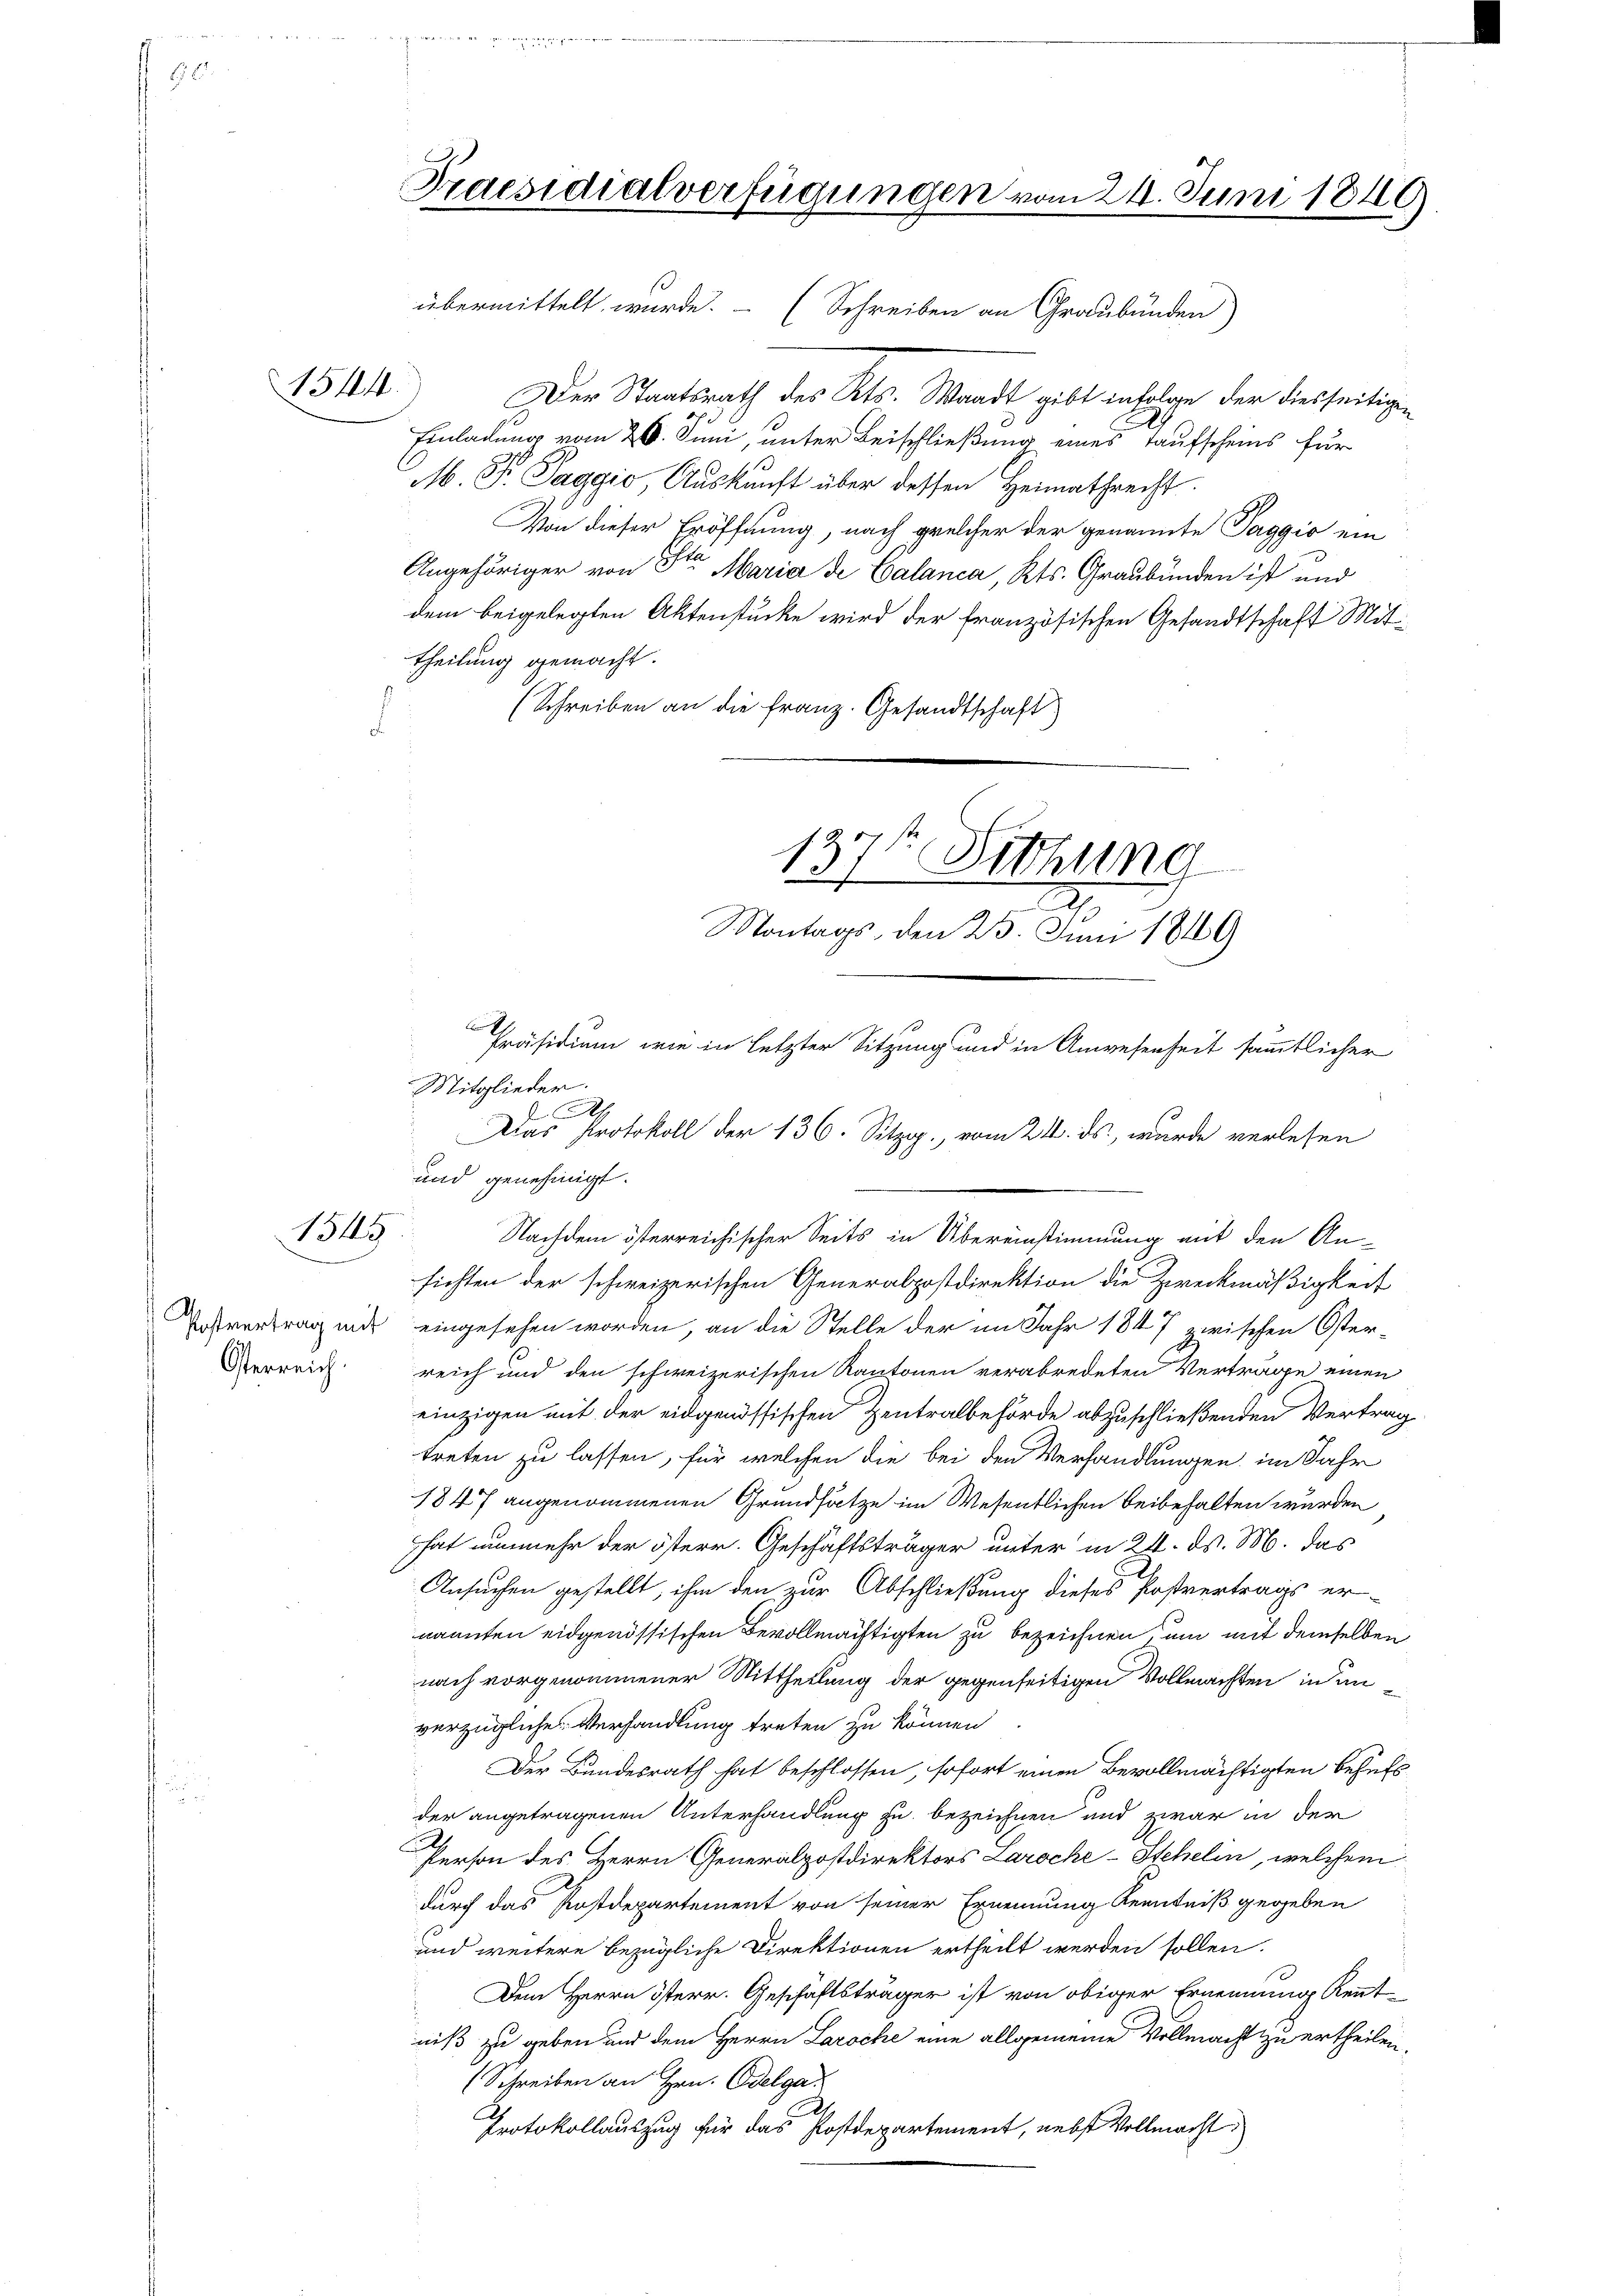
1514.

B345

Osterreich.

Praesidialverfügungen vom 24. Juni 1849
x
übermittelt wurde. (Schreiben an Graubünden

s

Der Staatsrath des Kts. Waadt gibt infolge der diesseitigen
Einladung vom 26. Juni, unter Beischließung eines Taufscheins für
M. P. Paggio, Auskunft über dessen Heimathrecht.
Von dieser Eröffnung, nach welcher der genannte Taggio ein
Angehöriger von Sta Maria de Calanca, Kts. Graubünden ist und
dem beigelegten Aktenstücke wird der französischen Gesandtschaft Mittheilung gemacht.
(Schreiben an die Franz. Gesandtschaft
d
Mitglieder.
.
und genehmigt.
Nachdem österreichischer Seits in Übereinstimmung mit den An-
sichten der schweizerischen Generalpostdirektion die Zweckmäßigkeit
Postvertrag mit eingesehen worden, an die Stelle der im Jahr 1847 zwischen Osterreich und den schweizerischen Kantonen verabredeten Vertrage einen
einzigen mit der eidgenössischen Zentralbehörde abzuschließenden Vertrag
treten zu lassen, für welchen die bei den Verhandlungen im Jahr
1847 angenommenen Grundsätze im Wesentlichen beibehalten wurden
hat nunmehr der österr. Geschäftsträger unter in 21. d. M. das
Ansuchen gestellt, ihm den zur Abschließung dieses Postvertrags er-
nannten eidgenössischen Bevollmächtigten zu bezeichnen, um mit demselben
nach vorgenommener Mittheilung der gegenseitigen Vollmachten in in
verzügliche Verhandlung treten zu können
Der Bundesrath hat beschlossen, sofort einen Bevollmächtigten behufs
der angetragenen Unterhandlung zu bezeichnen und zwar in der
Person des Herrn Generalpostdirektors Laroche-Stehelin, welchem
durch das Postdepartement von seiner Ernennung Kenntniß gegeben
und weitere bezügliche Direktionen ertheilt werden sollen.
Dem Herrn Osterr. Geschäftsträger ist von obiger Ernennung Kenntniß zu geben und dem Herrn Laroche eine allgemeine Vollmacht zu ertheilen.
(Schreiben an Hrn. Odelga
Protokollauszug für das Postdepartement, nebst Vollmacht

137t Sitzung
Montags, den 25. Juni 1819

Präsidium, wie in letzter Sitzung und in Anwesenheit sämmtlicher
Das Protokoll der 136. Sitzg. vom 21. ds., wurde verlesen